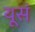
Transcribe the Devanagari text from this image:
यूसं